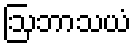
ဩဘာသယံ